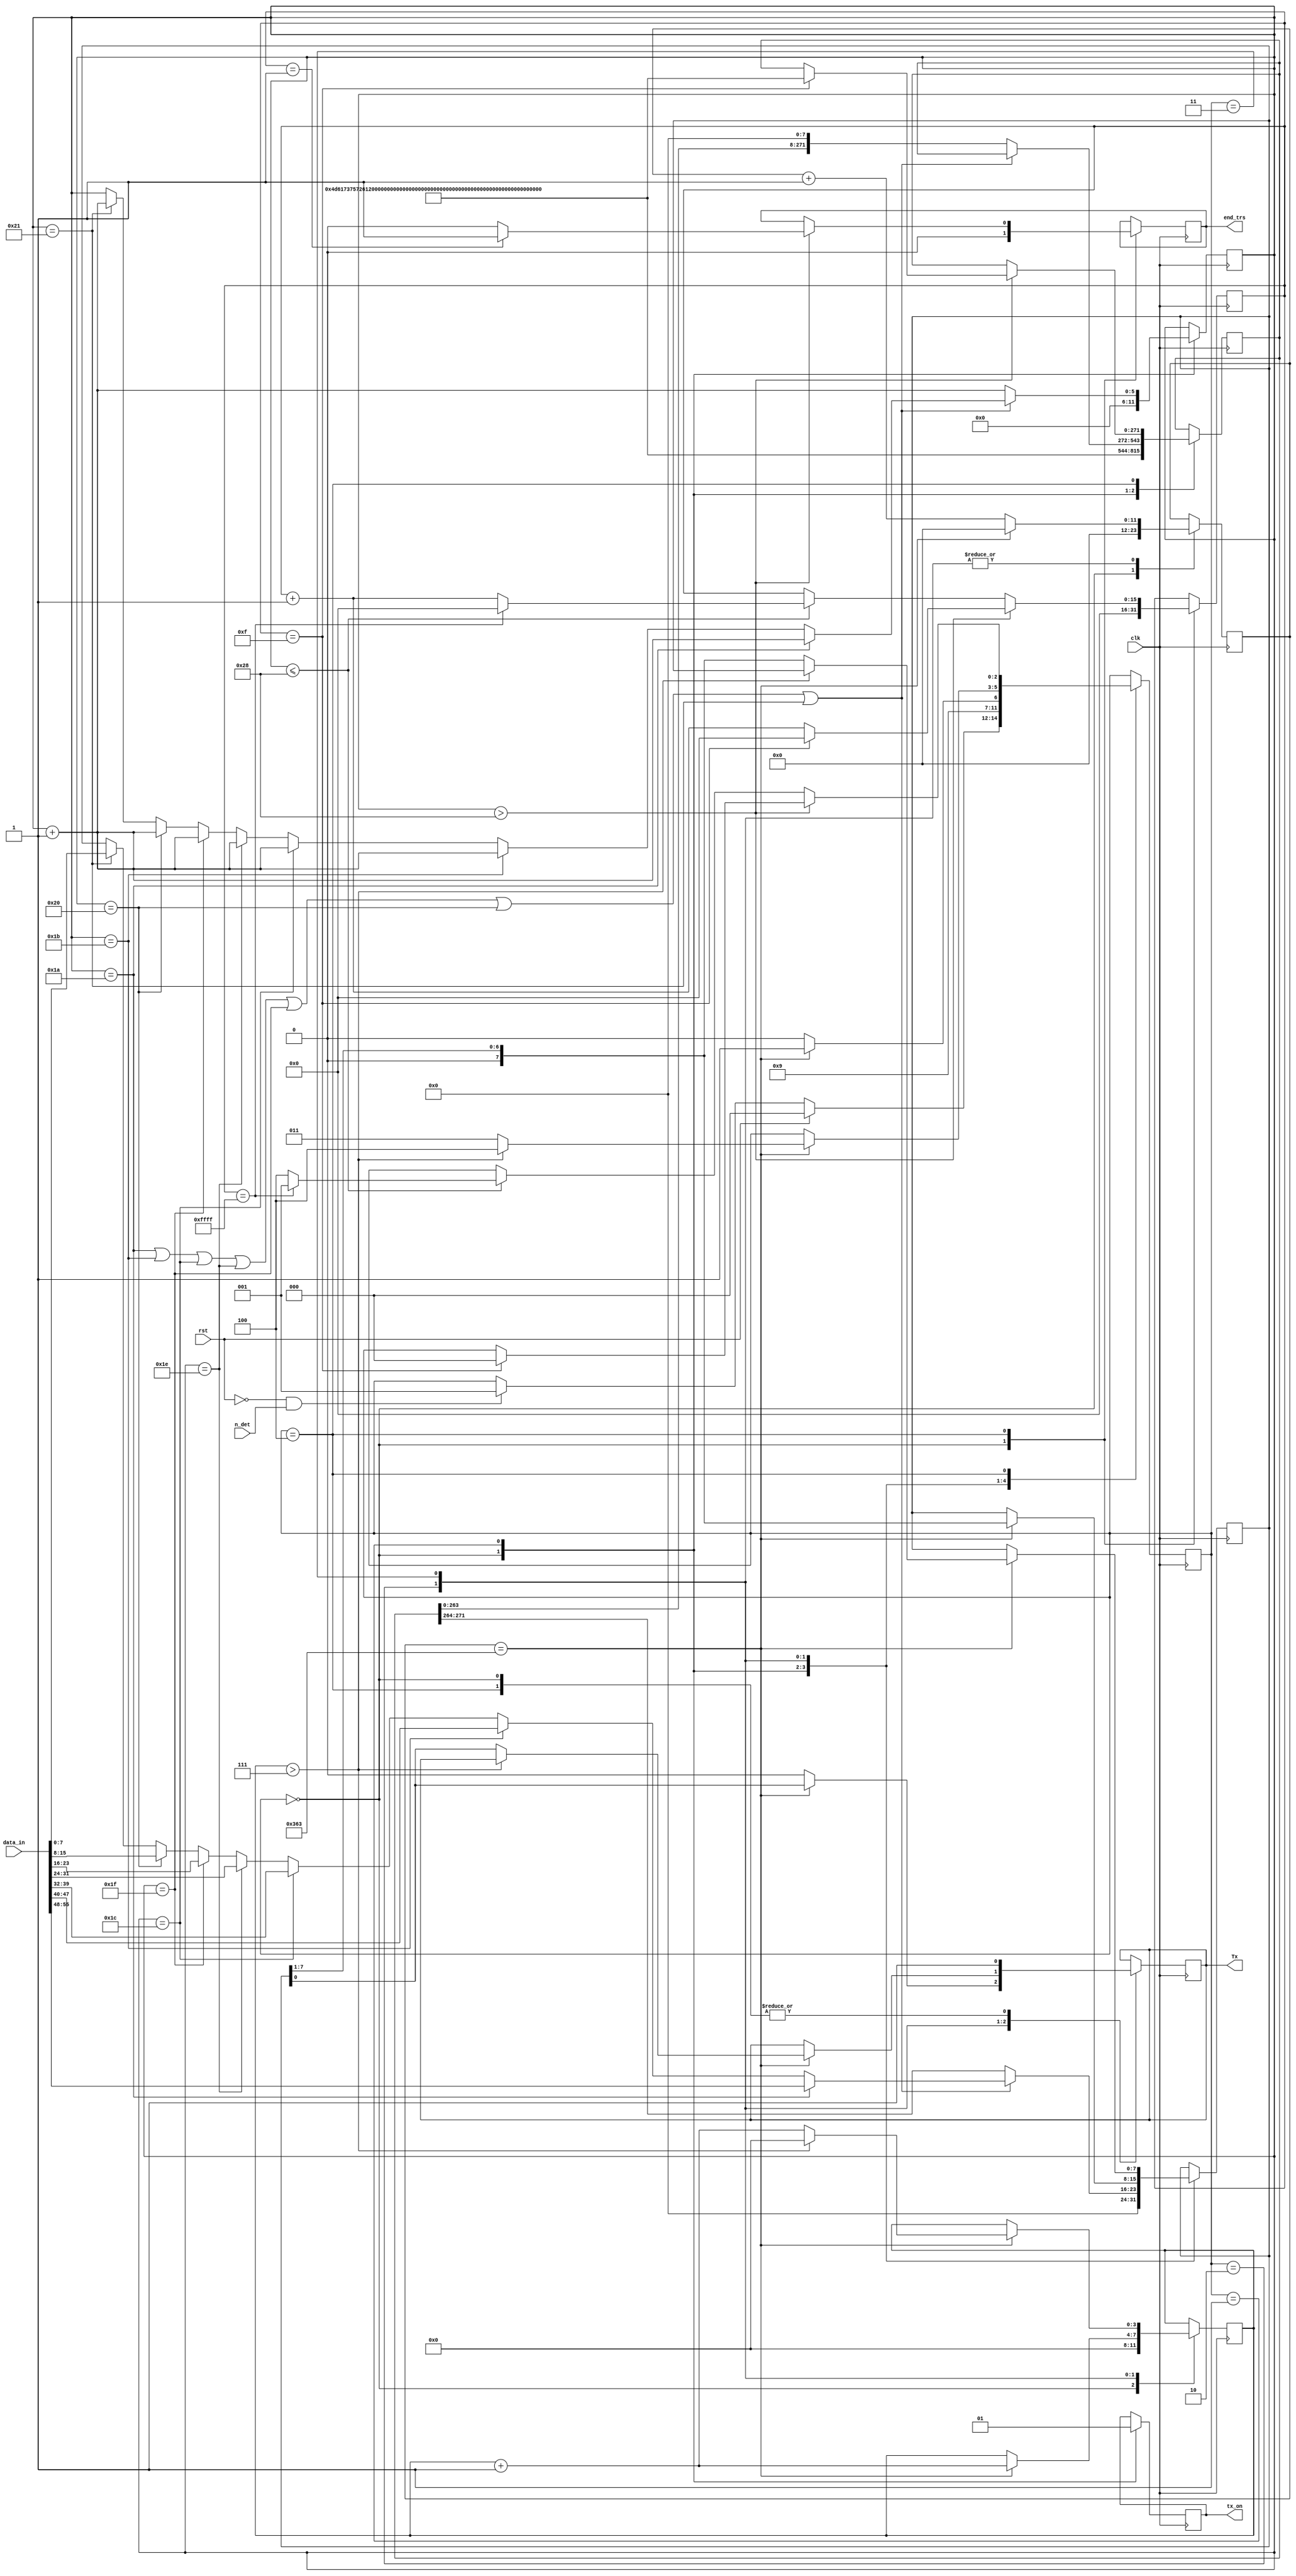
module com_ser(
	input [55:0] data_in,
	input clk,
	input rst,
	input n_det,//pt no detect
	
	output end_trs,
	output tx_on,
	output Tx
    );
	 
	 reg [2:0] state = 3'b0;
	 reg [11:0] count = 12'b0;
	 reg reg_Tx = 1'b1;
	 reg [7:0] d_shift = 8'b0;
	 reg [3:0] nr_bit = 4'b0;
	 reg [271:0] afis = 272'h4d617375726120756e676869756c756920657374652064653a202E67726164650a0d;
	 reg [271:0] text = 272'b0;
	 reg [55:0] same_d =56'b0;
	 reg ok=0;
	 reg reg_end_trs =1'b0;
	 reg reg_tx_on = 1'b0;
	 
	
	 reg [5:0] nr_pachet = 6'b0;
	 reg [15:0] delay = 16'b0;
	
	 parameter stop_begin = 3'b0; 
	 parameter idle = 3'b01;
	 parameter start = 3'b010;
	 parameter trs_state = 3'b011;
	 parameter final = 3'b100;
	
	 assign Tx = reg_Tx;
	 assign end_trs = reg_end_trs;
	 assign tx_on = reg_tx_on;
	 
	 always @(posedge clk) begin
			case (state)
				stop_begin: begin
					reg_Tx<=1'b1;
					count <=12'b0;
					nr_pachet<=0;
					delay<=0;
					text <= afis;
					d_shift <=0;
					nr_bit <=0;
					same_d <= data_in;
					reg_end_trs <= 1'b0;
					reg_tx_on <=1'b0;
					if (rst)
						state <=stop_begin;
					else if ((~rst) && (n_det))
						state <= idle;		
				end
				idle: begin
					reg_tx_on <=1'b1;
					state <= start;
					if ((nr_pachet == 6'b11010) || (nr_pachet == 6'b11011) || (nr_pachet == 6'b11100) || (nr_pachet == 6'd30) || (nr_pachet == 6'd31)|| (nr_pachet == 6'd32) || (nr_pachet == 6'd33))  begin
						if (nr_pachet == 6'b11010) begin
							d_shift <= data_in[55:48];
							nr_pachet <= nr_pachet+1'b1;
						end else if (nr_pachet == 6'b11011) begin
							d_shift <= data_in[47:40];
							nr_pachet <= nr_pachet+1'b1;
						end else if (nr_pachet == 6'b11100) begin
							d_shift <= data_in[39:32];
							nr_pachet <= nr_pachet+1'b1;
						end else if (nr_pachet == 6'd30) begin
							d_shift <= data_in[31:24];
							nr_pachet <= nr_pachet+1'b1;
						end else if (nr_pachet == 6'd31) begin
							d_shift <= data_in[23:16];
							nr_pachet <= nr_pachet+1'b1;
						end else if (nr_pachet == 6'd32) begin
							d_shift <= data_in[15:8];
							nr_pachet <= nr_pachet+1'b1;
						end else if (nr_pachet == 6'd33) begin
							d_shift <= data_in[7:0];
							nr_pachet <= nr_pachet+1'b1;
						end
					end else begin
						text <= {text[263:0],8'b0};
						d_shift <= text[271:264];
						nr_pachet <= nr_pachet+1'b1;
					end
				end
				start: begin
					if (count == 12'h363) begin	
						state <= trs_state;
						count <= 12'b0;
						reg_Tx <= d_shift[0] ;
						d_shift <= {1'b0,d_shift[7:1]};
						nr_bit <= nr_bit + 1'b1;
					end else begin
						state <= start;
						count <= count + 1'b1;
						reg_Tx <= 1'b0;
					end
				end
				trs_state: begin
					if(count == 12'h363)
						if ( nr_bit > 4'd7) begin
							state <= final;
							count <= 12'b0;
							nr_bit <= 4'b0;
						end else begin
							count <= 12'b0;
							reg_Tx <= d_shift[0] ;
							d_shift <= {1'b0,d_shift[7:1]};
							nr_bit <= nr_bit + 1'b1;
							state <= trs_state;
						end
					else
						count <= count + 1'b1;
				end
				final : begin
					reg_Tx <= 1'b1;
					if(nr_pachet > 6'd40) begin
						if(delay==16'h1)
							reg_end_trs <= 1'b1;
						else
							reg_end_trs <= 1'b0;
						if ( delay == 16'hf) begin
							delay <= 16'b0;
							state <= stop_begin;
							text <= afis;
						end else
							delay <= delay+1'b1;					
					end else if ( nr_pachet <= 6'd40) begin
						if ( delay == 16'hffff)
							delay <= 16'b0;
						else
							delay <= delay+1'b1;
						state <= (delay == 16'hffff) ? idle : final;	
					end
				end
			endcase
	 end

endmodule